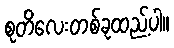
စုတိလေးတစ်ခုထည့်ပါ။